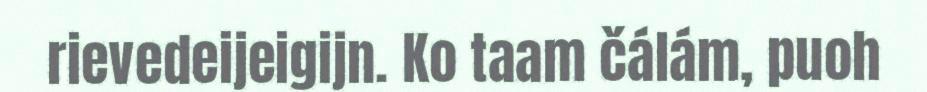
rievedeijeigijn. Ko taam čálám, puoh